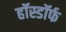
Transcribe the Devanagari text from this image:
हॉस्डॉर्फ